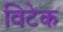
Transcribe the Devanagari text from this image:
विटेक